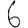
Digit: 6